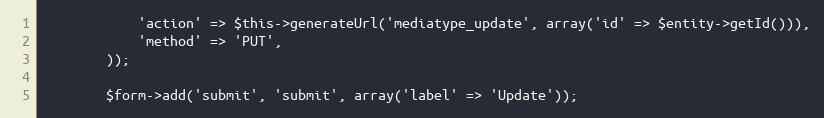
Language: PHP
            'action' => $this->generateUrl('mediatype_update', array('id' => $entity->getId())),
            'method' => 'PUT',
        ));

        $form->add('submit', 'submit', array('label' => 'Update'));